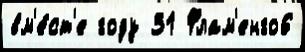
вм'е́ст'е году 31 Флам'енго6